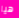
هيا